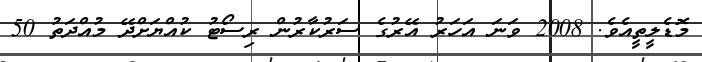
މޮޑެލީތީއެވެ. 2008 ވަނަ އަހަރު އޭރުގެ ސަރުކާރުން ރިސޯޓު ކުއްޔަށްދޭ މުއްދަތު 50